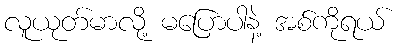
လူယုတ်မာလို့ မပြောပါနဲ့ အစ်ကိုရယ်